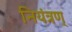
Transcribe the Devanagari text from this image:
नियंत्रण्